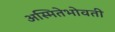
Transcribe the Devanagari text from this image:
अस्मितेभोवती